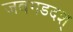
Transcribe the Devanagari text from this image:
जबगडदश्